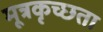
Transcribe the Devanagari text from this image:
मूत्रकृच्छता